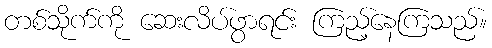
တစ်သိုက်ကို ဆေးလိပ်ဖွာရင်း ကြည့်နေကြသည်။